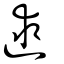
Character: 逑